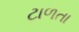
ટાળતા